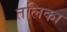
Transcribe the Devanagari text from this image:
तलिका